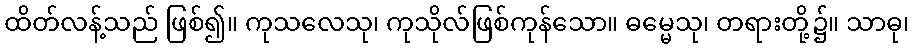
ထိတ်လန့်သည် ဖြစ်၍။ ကုသလေသု၊ ကုသိုလ်ဖြစ်ကုန်သော။ ဓမ္မေသု၊ တရားတို့၌။ သာဓု၊